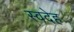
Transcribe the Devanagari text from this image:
स्वदेह